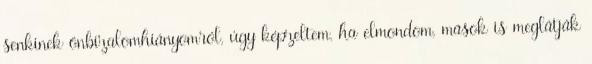
senkinek önbizalomhiányomról, úgy képzeltem, ha elmondom, mások is meglátják